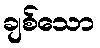
ချစ်သော